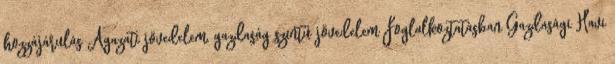
hozzájárulás Ágazati jövedelem, gazdaság szintű jövedelem Foglalkoztatásban Gazdasági Havi